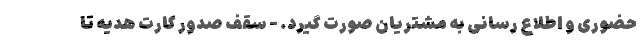
حضوری و اطلاع رسانی به مشتریان صورت گیرد. - سقف صدور کارت هدیه تا